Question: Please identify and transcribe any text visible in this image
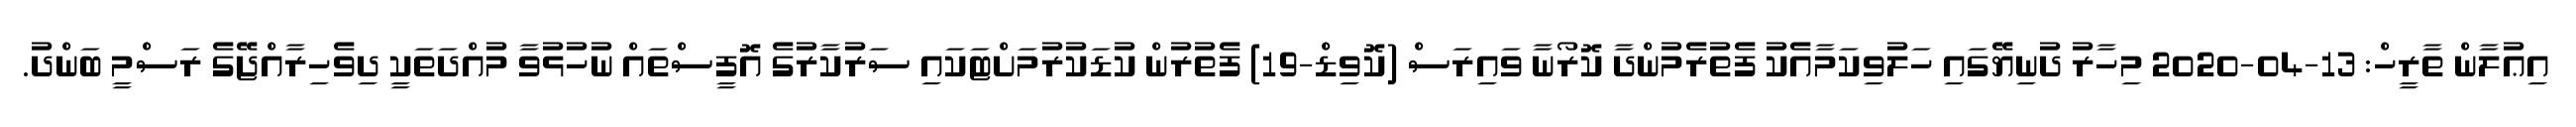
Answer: އިޢުލާން ތާރީހް: 13-04-2020 މިހާރު ދުނިޔޭގައި ހަލުވިކަމާއެކު ފެތުރެމުންދާ ކޮރޯނާ ވައިރަސް (ކޮވިޑް-19) ފެތުރުން ކުޑަކުރުމަށްޓަކައި ސަރުކާރުގެ އޮފީސްތައް ނުހުޅުވާ މުއްދަތަކީ ދިވެހިރާއްޖޭގެ ރަސްމީ ބަންދު.